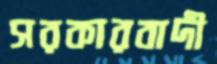
সরকারবাদী